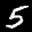
Label: 5